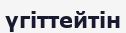
үгіттейтін